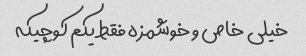
خیلی خاص و خوشمزه فقط یکم کوچیکه